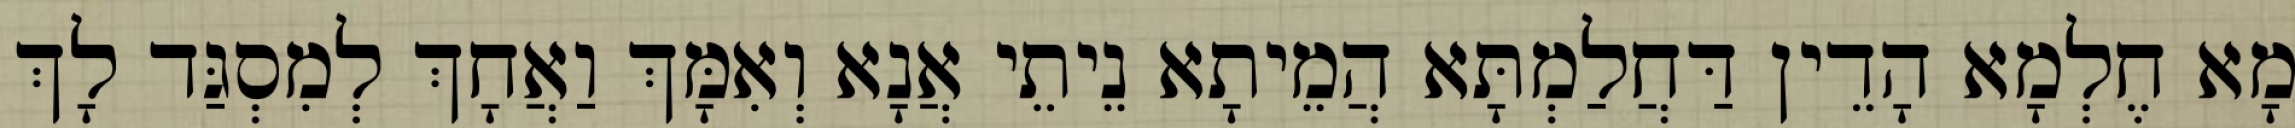
מָא חֶלְמָא הָדֵין דַּחֲלַמְתָּא הֲמֵיתָא נֵיתֵי אֲנָא וְאִמָּךְ וַאֲחָךְ לְמִסְגַּד לָךְ